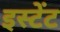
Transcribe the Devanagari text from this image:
इस्टेंट